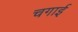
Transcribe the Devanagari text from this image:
चगाई